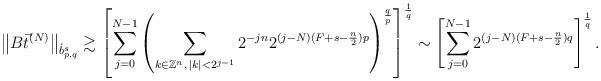
LaTeX: \begin{align*}\left\|B\vec t^{(N)}\right\|_{\dot b_{p,q}^s}&\gtrsim\left[\sum_{j=0}^{N-1}\left(\sum_{k\in\mathbb{Z}^n,\,|k|<2^{j-1}}2^{-jn}2^{(j-N)(F+s-\frac{n}{2})p}\right)^{\frac{q}{p}}\right]^{\frac{1}{q}}\sim\left[\sum_{j=0}^{N-1}2^{(j-N)(F+s-\frac{n}{2})q}\right]^{\frac{1}{q}}.\end{align*}